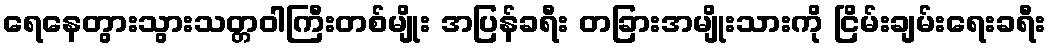
ရေနေတွားသွားသတ္တဝါကြီးတစ်မျိုး အပြန်ခရီး တခြားအမျိုးသားကို ငြိမ်းချမ်းရေးခရီး